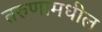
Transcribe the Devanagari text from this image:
तरुणामधील